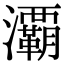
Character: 㶚